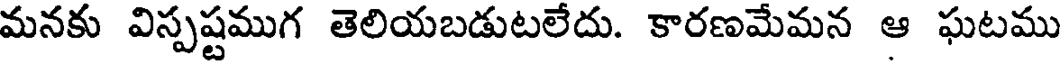
మనకు విస్పష్టముగ తెలియబడుటలేదు. కారణమేమన ఆ ఘటము